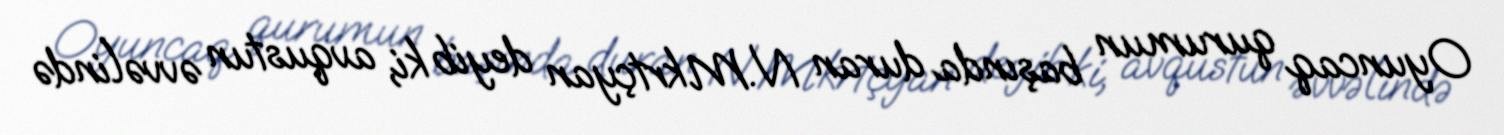
Oyuncaq qurumun başında duran N.Mkrtçyan deyib ki, avqustun əvvəlində